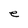
Character: e